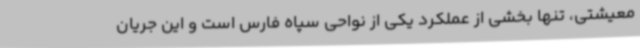
معیشتی، تنها بخشی از عملکرد یکی از نواحی سپاه فارس است و این جریان